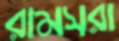
রামসরা